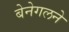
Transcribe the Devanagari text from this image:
बेनेगलने